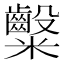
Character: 𮈀